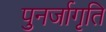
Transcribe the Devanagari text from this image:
पुनर्जागृति